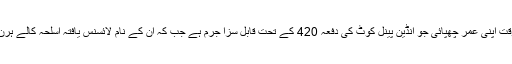
میڈیا رپورٹس کے مطابق پولیس رپورٹ میں بتایا گیا ہے کہ سوہا علی خان نے اسلحہ لائسنس بنواتے وقت اپنی عمر چھپائی جو انڈین پینل کوٹ کی دفعہ 420 کے تحت قابل سزا جرم ہے جب کہ ان کے نام لائسنس یافتہ اسلحہ کالے ہرن کے غیر قانونی شکار کے کیس میں پایا گیا ہے جس بنا پر اداکارہ کا نام کیس میں شامل کرلیا گیا ہے۔